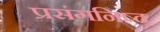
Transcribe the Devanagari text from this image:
प्रसंगनिष्ठ